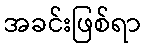
အခင်းဖြစ်ရာ